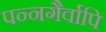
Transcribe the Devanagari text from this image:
पन्नगैर्वापि